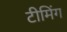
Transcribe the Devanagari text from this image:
टीमिंग